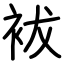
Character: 袚